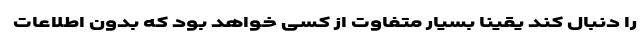
را دنبال کند یقیناً بسیار متفاوت از کسی خواهد بود که بدون اطلاعات